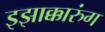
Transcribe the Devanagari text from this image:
इझाक्कारुंग